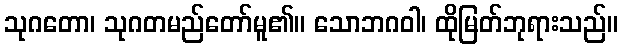
သုဂတော၊ သုဂတမည်တော်မူ၏။ သောဘဂဝါ၊ ထိုမြတ်ဘုရားသည်။